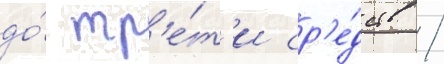
до́ тр'е́т'и ср'е́дств /